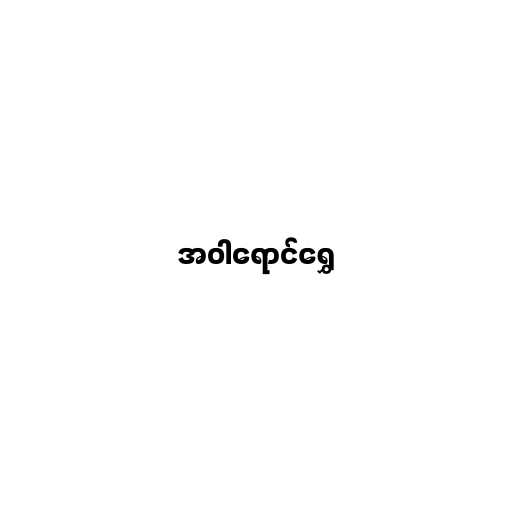
အဝါရောင်ရွှေ